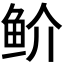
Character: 𬶇